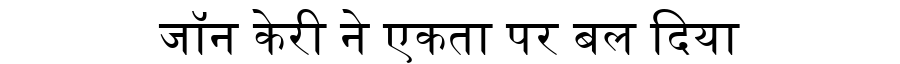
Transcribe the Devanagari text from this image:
जॉन केरी ने एकता पर बल दिया